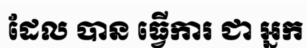
ដែល បាន ធ្វើការ ជា អ្នក